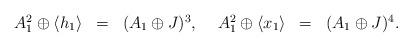
LaTeX: \begin{align*}\begin{array}{lllllll}A^2_1 \oplus \langle h_1\rangle&=&(A_1 \oplus J)^{ 3}, ~ &A^2_1 \oplus \langle x_1\rangle&=&(A_1 \oplus J)^{ 4}.\end{array}\end{align*}